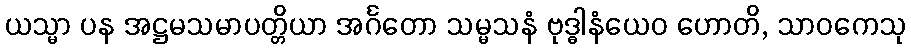
ယသ္မာ ပန အဋ္ဌမသမာပတ္တိယာ အင်္ဂတော သမ္မသနံ ဗုဒ္ဓါနံယေဝ ဟောတိ, သာဝကေသု